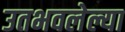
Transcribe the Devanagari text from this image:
उतभवलेल्या